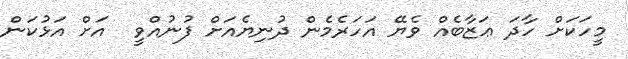
މީހަކަށް ހާދަ ޢަޒާބެއް ވެޔޭ އަހަރެމެން ދުނިޔެއަށް ފުނުއްވީ  އަށް އަޅުކަން